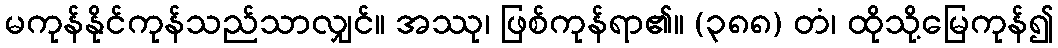
မကုန်နိုင်ကုန်သည်သာလျှင်။ အဿု၊ ဖြစ်ကုန်ရာ၏။ (၃၈၈) တံ၊ ထိုသို့မြေကုန်၍